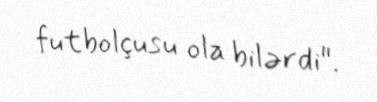
futbolçusu ola bilərdi".